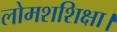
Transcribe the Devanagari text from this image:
लोमशशिक्षा।